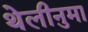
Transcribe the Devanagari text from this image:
थेलीनुमा